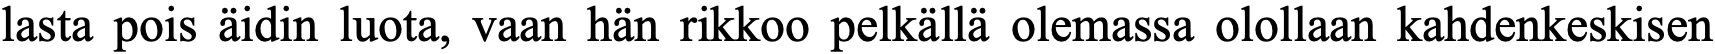
lasta pois äidin luota, vaan hän rikkoo pelkällä olemassa olollaan kahdenkeskisen